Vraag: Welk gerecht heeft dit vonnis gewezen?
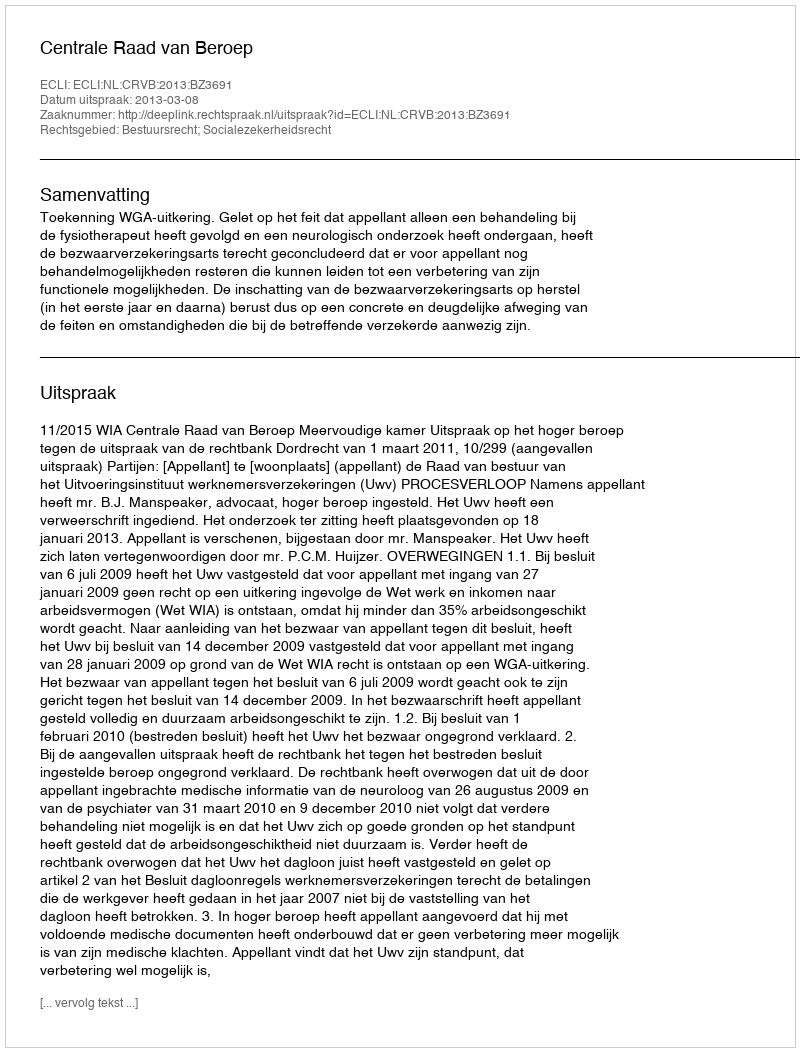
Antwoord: Centrale Raad van Beroep